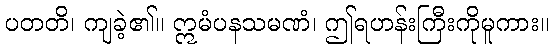
ပတတိ၊ ကျခဲ့၏။ ဣမံပနသမဏံ၊ ဤရဟန်းကြီးကိုမူကား။